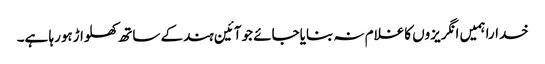
خداراہمیں انگریزوں کاغلام نہ بنایاجائے جوآئین ہندکے ساتھ کھلواڑہورہا ہے۔